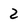
Character: 2